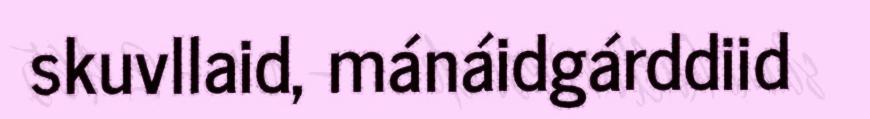
skuvllaid, mánáidgárddiid